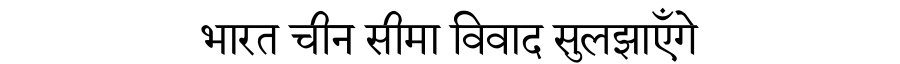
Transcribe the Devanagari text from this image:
भारत चीन सीमा विवाद सुलझाएँगे